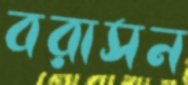
বরাসন